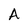
Character: A